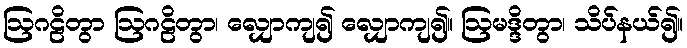
ဩဂဠိတွာ ဩဂဠိတွာ၊ လျှောကျ၍ လျှောကျ၍။ ဩမဒ္ဒိတွာ၊ သိပ်နယ်၍။